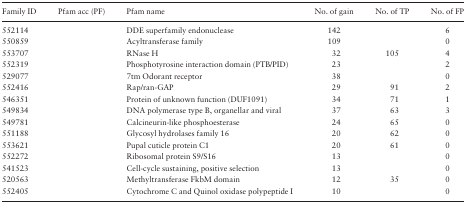
<table><thead><tr><td><b>Family ID</b></td><td><b>Pfam acc (PF)</b></td><td><b>Pfam name</b></td><td><b>No. of gain</b></td><td><b>No. of TP</b></td><td><b>No. of FP</b></td></tr></thead><tbody><tr><td>552114</td><td>[EMPTY_CELL]</td><td>DDE superfamily endonuclease</td><td>142</td><td>[EMPTY_CELL]</td><td>6</td></tr><tr><td>550859</td><td>[EMPTY_CELL]</td><td>Acyltransferase family</td><td>109</td><td>[EMPTY_CELL]</td><td>0</td></tr><tr><td>553707</td><td>[EMPTY_CELL]</td><td>RNase H</td><td>32</td><td>105</td><td>4</td></tr><tr><td>552319</td><td>[EMPTY_CELL]</td><td>Phosphotyrosine interaction domain (PTB/PID)</td><td>23</td><td>[EMPTY_CELL]</td><td>2</td></tr><tr><td>529077</td><td>[EMPTY_CELL]</td><td>7tm Odorant receptor</td><td>38</td><td>[EMPTY_CELL]</td><td>0</td></tr><tr><td>552416</td><td>[EMPTY_CELL]</td><td>Rap/ran-GAP</td><td>29</td><td>91</td><td>2</td></tr><tr><td>546351</td><td>[EMPTY_CELL]</td><td>Protein of unknown function (DUF1091)</td><td>34</td><td>71</td><td>1</td></tr><tr><td>549834</td><td>[EMPTY_CELL]</td><td>DNA polymerase type B, organellar and viral</td><td>37</td><td>63</td><td>3</td></tr><tr><td>549781</td><td>[EMPTY_CELL]</td><td>Calcineurin-like phosphoesterase</td><td>24</td><td>65</td><td>0</td></tr><tr><td>551188</td><td>[EMPTY_CELL]</td><td>Glycosyl hydrolases family 16</td><td>20</td><td>62</td><td>0</td></tr><tr><td>553621</td><td>[EMPTY_CELL]</td><td>Pupal cuticle protein C1</td><td>20</td><td>61</td><td>0</td></tr><tr><td>552272</td><td>[EMPTY_CELL]</td><td>Ribosomal protein S9/S16</td><td>13</td><td>[EMPTY_CELL]</td><td>0</td></tr><tr><td>541523</td><td>[EMPTY_CELL]</td><td>Cell-cycle sustaining, positive selection</td><td>13</td><td>[EMPTY_CELL]</td><td>0</td></tr><tr><td>520563</td><td>[EMPTY_CELL]</td><td>Methyltransferase FkbM domain</td><td>12</td><td>35</td><td>0</td></tr><tr><td>552405</td><td>[EMPTY_CELL]</td><td>Cytochrome C and Quinol oxidase polypeptide I</td><td>10</td><td>[EMPTY_CELL]</td><td>0</td></tr></tbody></table>